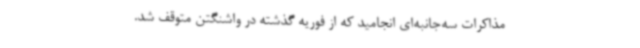
مذاکرات سه‌جانبه‌ای انجامید که از فوریه گذشته در واشنگتن متوقف شد.